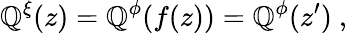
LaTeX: \mathbb{Q}^{\xi}(z)=\mathbb{Q}^{\phi}(f(z))=\mathbb{Q}^{\phi}(z^{\prime})\ ,